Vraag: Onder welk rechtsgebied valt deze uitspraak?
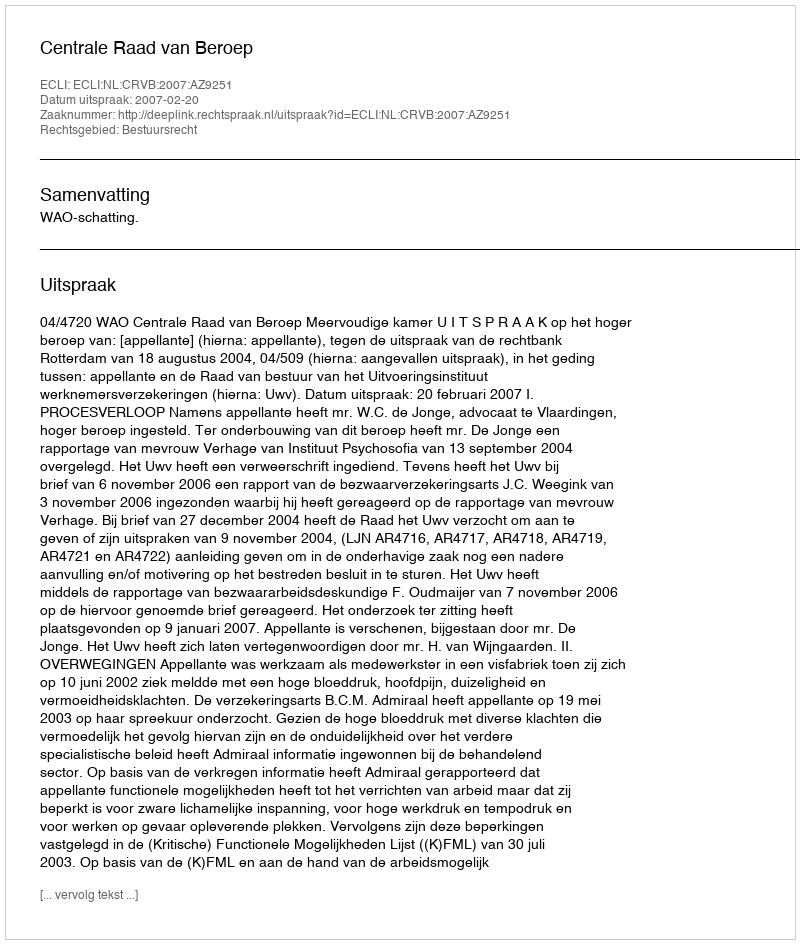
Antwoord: Bestuursrecht